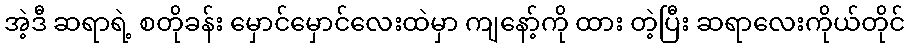
အဲ့ဒီ ဆရာရဲ့ စတိုခန်း မှောင်မှောင်လေးထဲမှာ ကျနော့်ကို ထား တဲ့ပြီး ဆရာလေးကိုယ်တိုင်